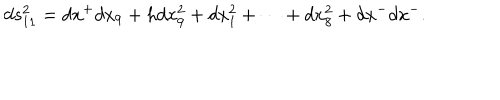
d s _ { 1 1 } ^ { 2 } = d x ^ { + } d x _ { 9 } + h d x _ { 9 } ^ { 2 } + d x _ { 1 } ^ { 2 } + \cdots + d x _ { 8 } ^ { 2 } + d x ^ { - } d x ^ { - } .